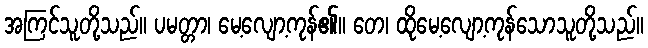
အကြင်သူတို့သည်။ ပမတ္တာ၊ မေ့လျော့ကုန်၏။ တေ၊ ထိုမေ့လျော့ကုန်သောသူတို့သည်။